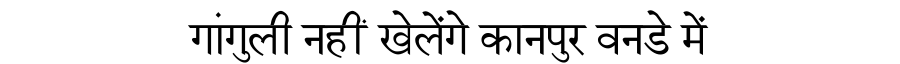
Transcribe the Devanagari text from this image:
गांगुली नहीं खेलेंगे कानपुर वनडे में